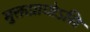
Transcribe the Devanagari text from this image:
मुक्तप्रायोऽसि